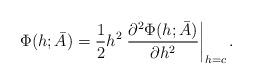
LaTeX: \begin{align*}\Phi(h; \bar{A}) = \frac{1}{2}h^2 \left.\frac{\partial^2 \Phi(h; \bar{A})}{\partial h^2}\right|_{h = c}.\end{align*}